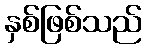
နှစ်ဖြစ်သည်